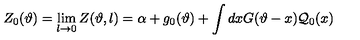
Z _ { 0 } ( \vartheta ) = \lim _ { l \rightarrow 0 } Z ( \vartheta , l ) = \alpha + g _ { 0 } ( \vartheta ) + \displaystyle \int d x G ( \vartheta - x ) { \cal Q } _ { 0 } ( x )